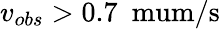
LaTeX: v_{obs}>0.7\ \mathrm{\ mum/s}